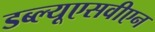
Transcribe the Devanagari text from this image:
डब्ल्यूएसवीएन